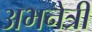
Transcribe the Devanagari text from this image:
अभनेत्री